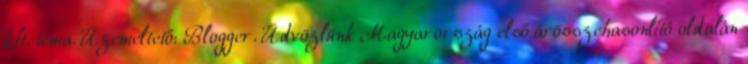
kft. téma. Üzemeltető: Blogger. Üdvözlünk Magyarország első árösszehasonlító oldalán